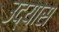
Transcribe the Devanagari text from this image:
उद्यास